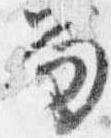
笏